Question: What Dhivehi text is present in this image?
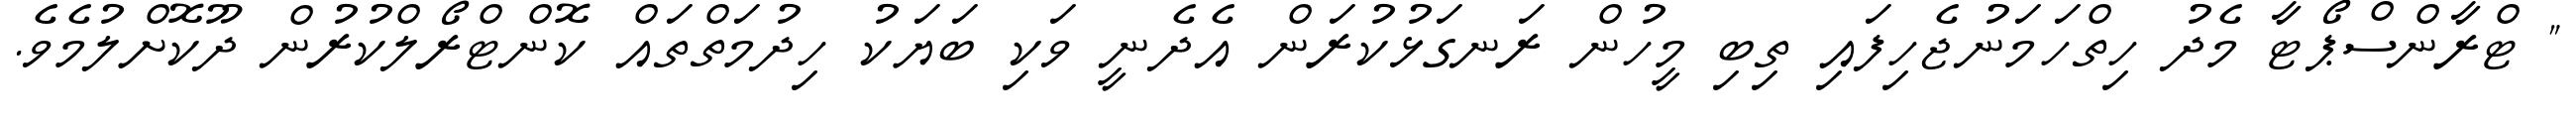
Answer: " ޓްރާންސްޕޯޓާ މެދު ހިތްހަމަނުޖެހިފައި ތިބި މީހުން ރަނގަޅުކުރަން އެދެނީ ވަކި ބަޔަކު ހިދުމަތްތައް ކޮންޓްރޯލްކުރުން ދޫކޮށްލުމެވެ.